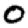
Digit: 0